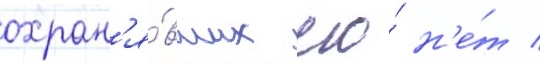
охран'я́вших его́ н'е́т /